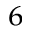
^ 6